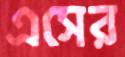
এসের